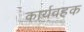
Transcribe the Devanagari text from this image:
कार्यवहक